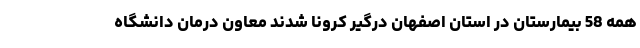
همه 58 بیمارستان در استان اصفهان درگیر کرونا شدند معاون درمان دانشگاه